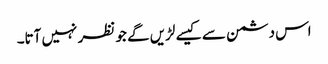
اس دشمن سے کیسے لڑیں گے جو نظر نہیں آتا۔